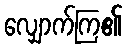
လျှောက်ကြ၏